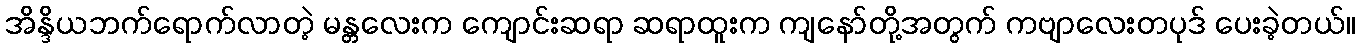
အိန္ဒိယဘက်ရောက်လာတဲ့ မန္တလေးက ကျောင်းဆရာ ဆရာထူးက ကျနော်တို့အတွက် ကဗျာလေးတပုဒ် ပေးခဲ့တယ်။